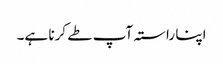
اپنا راستہ آپ طے کرنا ہے۔